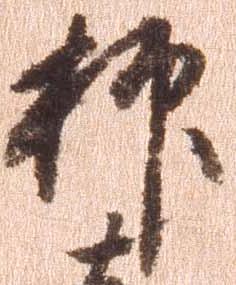
抑